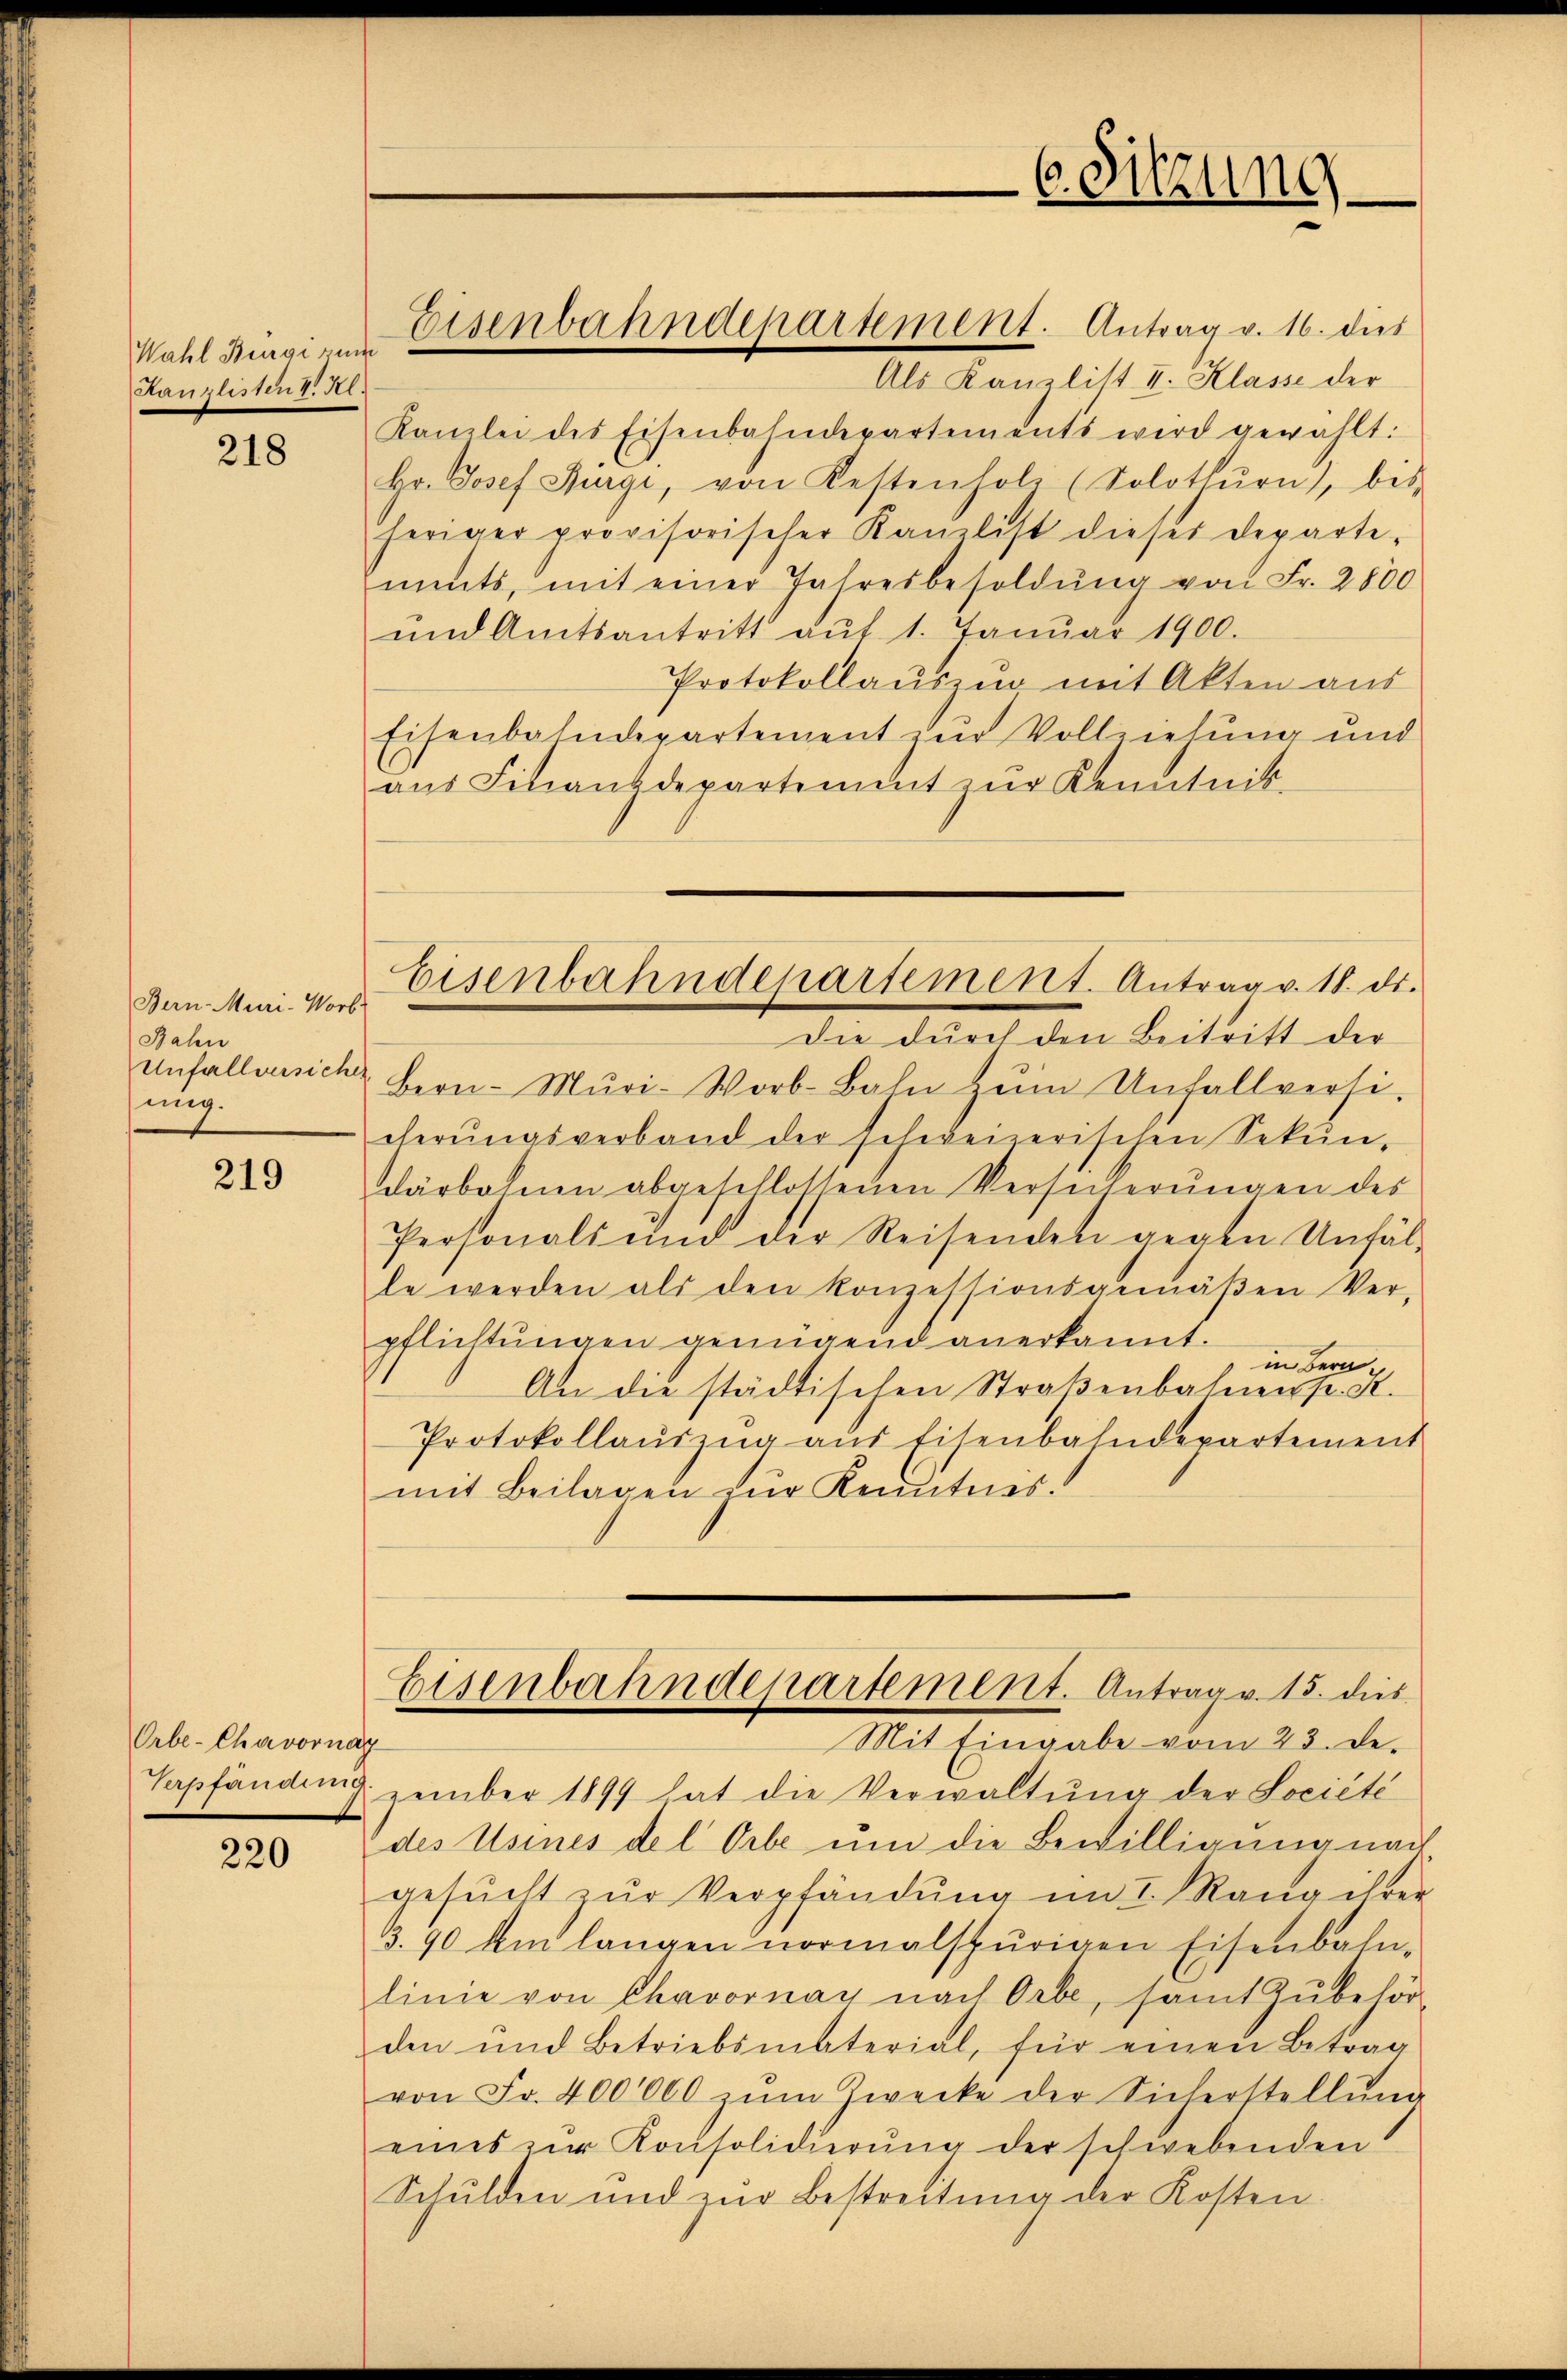
Wahl Bürgi zum
Kanzlisten V. Kl.

218

Bern-Muri-Worb
Bahn
Unfallversicher
ung.

219

Orbe-Chavornaz

220

Als Kanzlist I. Klasse der
Kanzlei des Eisenbahndepartements wird gewählt:
Hr. Josef Bürgi, von Kestenholz (Solothurn, bes
heriger provisorischer Kanzlist dieses Departe-
ments, mit einer Jahresbesoldung von Fr. 2800
ŭnd Amtsantritt aŭf 1. Janŭar 1900.
Protokollauszug mit Akten aus
Eisenbahndepartement zur Vollziehung und
aŭs Finanzdepartement zŭr Kenntnis-
die durch den Beitritt der
Bern-Mŭri-Worb-Bahn zŭm Unfallversi-
cherŭngsverband der schweizerischen Sekŭn-
därbohnen abgeschlossenen Versicherŭngen des
Personals und der Reisenden gegen Unfäl-
le werden als den konzessionsgemäβen Ver-
pflichtungen genügend anerkannt.
in Bern,
An die städtischen Straβenbahnens. S.
Protokollaŭszŭg aŭs Eisenbahndepartement
mit Beilagen zur Kenntnis.
Eisenbahndepartement. Antrag v. 15. dies
Mit Eingabe vom 23. De-
Verpfändung zember 1899 hat die Verwaltŭng der Société
des Usines del Orbe um die Bewilligung nach
gesŭcht zŭr Verpfändung im I. Rang ihren
3.90 km langen normalspurigen Eisenbahn-
linie von Chavornay nach Orbe, samt Zubehör
den und Betriebsmaterial, für einen Betrag
von Fr. 400000 zŭm Zwecke der Sicherstellŭng
eines zur Konsolidierung der schwebenden
Schulden und zŭr Bestreitŭng der Kosten

Eisenbahndepartement. Antrag v. 16. dies

6. Sitzung

Eisenbahndepartement. Antrag v. 18. ds.